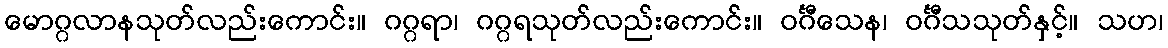
မောဂ္ဂလာနသုတ်လည်းကောင်း။ ဂဂ္ဂရာ၊ ဂဂ္ဂရသုတ်လည်းကောင်း။ ဝင်္ဂီသေန၊ ဝင်္ဂီသသုတ်နှင့်။ သဟ၊